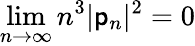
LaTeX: \operatorname*{lim}_{n\rightarrow\infty}n^{3}|\mathsf{p}_{n}|^{2}=0